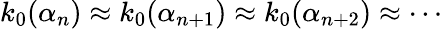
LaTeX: k_{0}(\alpha_{n})\approx k_{0}(\alpha_{n+1})\approx k_{0}(\alpha_{n+2})\approx\cdots